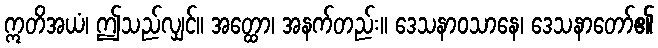
ဣတိအယံ၊ ဤသည်လျှင်။ အတ္ထော၊ အနက်တည်း။ ဒေသနာဝသာနေ၊ ဒေသနာတော်၏